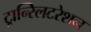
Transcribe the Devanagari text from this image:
ट्रान्स्लिटरेशन